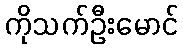
ကိုသက်ဦးမောင်